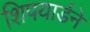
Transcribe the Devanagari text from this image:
शिपयार्डने